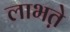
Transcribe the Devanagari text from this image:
लाभते़